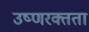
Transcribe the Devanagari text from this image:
उष्णरक्तता